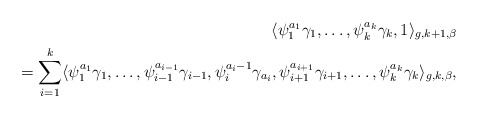
\begin{align*}\langle \psi^{a_1}_1\gamma_1,\dots,\psi^{a_k}_k\gamma_k,1\rangle_{g,k+1,\beta}\\=\sum_{i=1}^{k}\langle \psi^{a_1}_1\gamma_1,\dots,\psi^{a_{i-1}}_{i-1}\gamma_{i-1},\psi^{a_i-1}_i\gamma_{a_i},\psi^{a_{i+1}}_{i+1}\gamma_{i+1},\dots, \psi^{a_k}_k\gamma_k\rangle_{g,k,\beta},\end{align*}